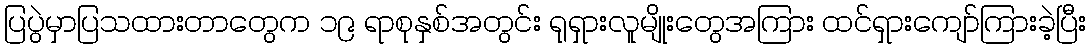
ပြပွဲမှာပြသထားတာတွေက ၁၉ ရာစုနှစ်အတွင်း ရုရှားလူမျိုးတွေအကြား ထင်ရှားကျော်ကြားခဲ့ပြီး